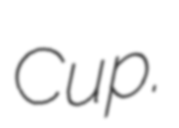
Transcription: Cup.